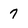
Character: 7